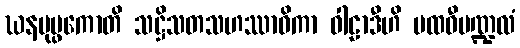
ဃနပုပ္ဖကောတိ သဋ္ဌိသတသဟဿာဓိကာ ဝါဠာဒီဟိ ပထဝီမဏ္ဍလံ